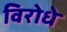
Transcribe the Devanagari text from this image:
विरोधे